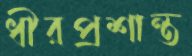
ধীরপ্রশান্ত